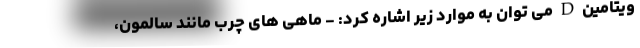
ویتامین D می توان به موارد زیر اشاره کرد: - ماهی های چرب مانند سالمون،